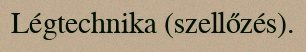
Légtechnika (szellőzés).